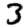
Digit: 3